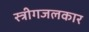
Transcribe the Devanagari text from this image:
स्त्रीगजलकार